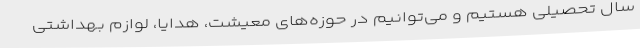
سال تحصیلی هستیم و می‌توانیم در حوزه‌های معیشت، هدایا، لوازم بهداشتی